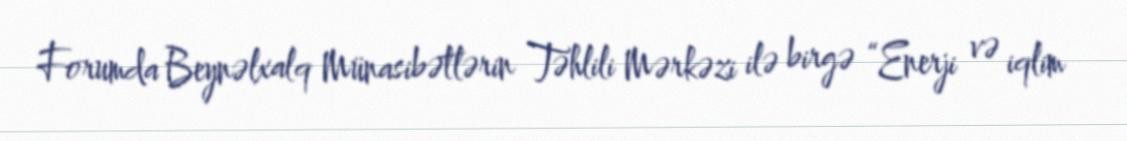
Forumda Beynəlxalq Münasibətlərin Təhlili Mərkəzi ilə birgə “Enerji və iqlim